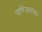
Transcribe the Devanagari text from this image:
पारिजातक।